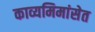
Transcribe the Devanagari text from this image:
काव्यमिमांसेत